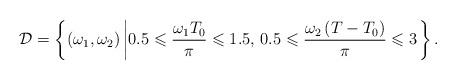
LaTeX: \begin{align*}\mathcal{D}=\left\{ \left(\omega_{1},\omega_{2}\right)\left|0.5\leqslant\frac{\omega_{1}T_{0}}{\pi}\leqslant1.5,\,0.5\leqslant\frac{\omega_{2}\left(T-T_{0}\right)}{\pi}\leqslant3\right.\right\} .\end{align*}